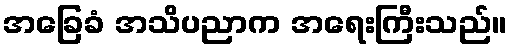
အခြေခံ အသိပညာက အရေးကြီးသည်။